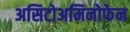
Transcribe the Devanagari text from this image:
असिटोअमिनोफेन